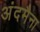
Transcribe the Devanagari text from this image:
अंदमैना